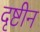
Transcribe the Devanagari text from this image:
दृष्टीन